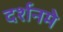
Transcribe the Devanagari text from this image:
दर्शनमे